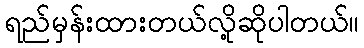
ရည်မှန်းထားတယ်လို့ဆိုပါတယ်။